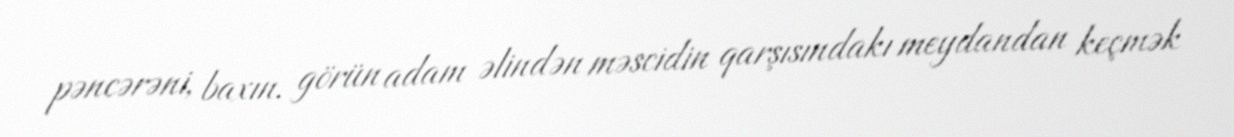
pəncərəni, baxın, görün adam əlindən məscidin qarşısındakı meydandan keçmək